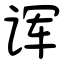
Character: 诨